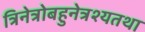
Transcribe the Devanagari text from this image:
त्रिनेत्रोबहुनेत्रश्यतथा